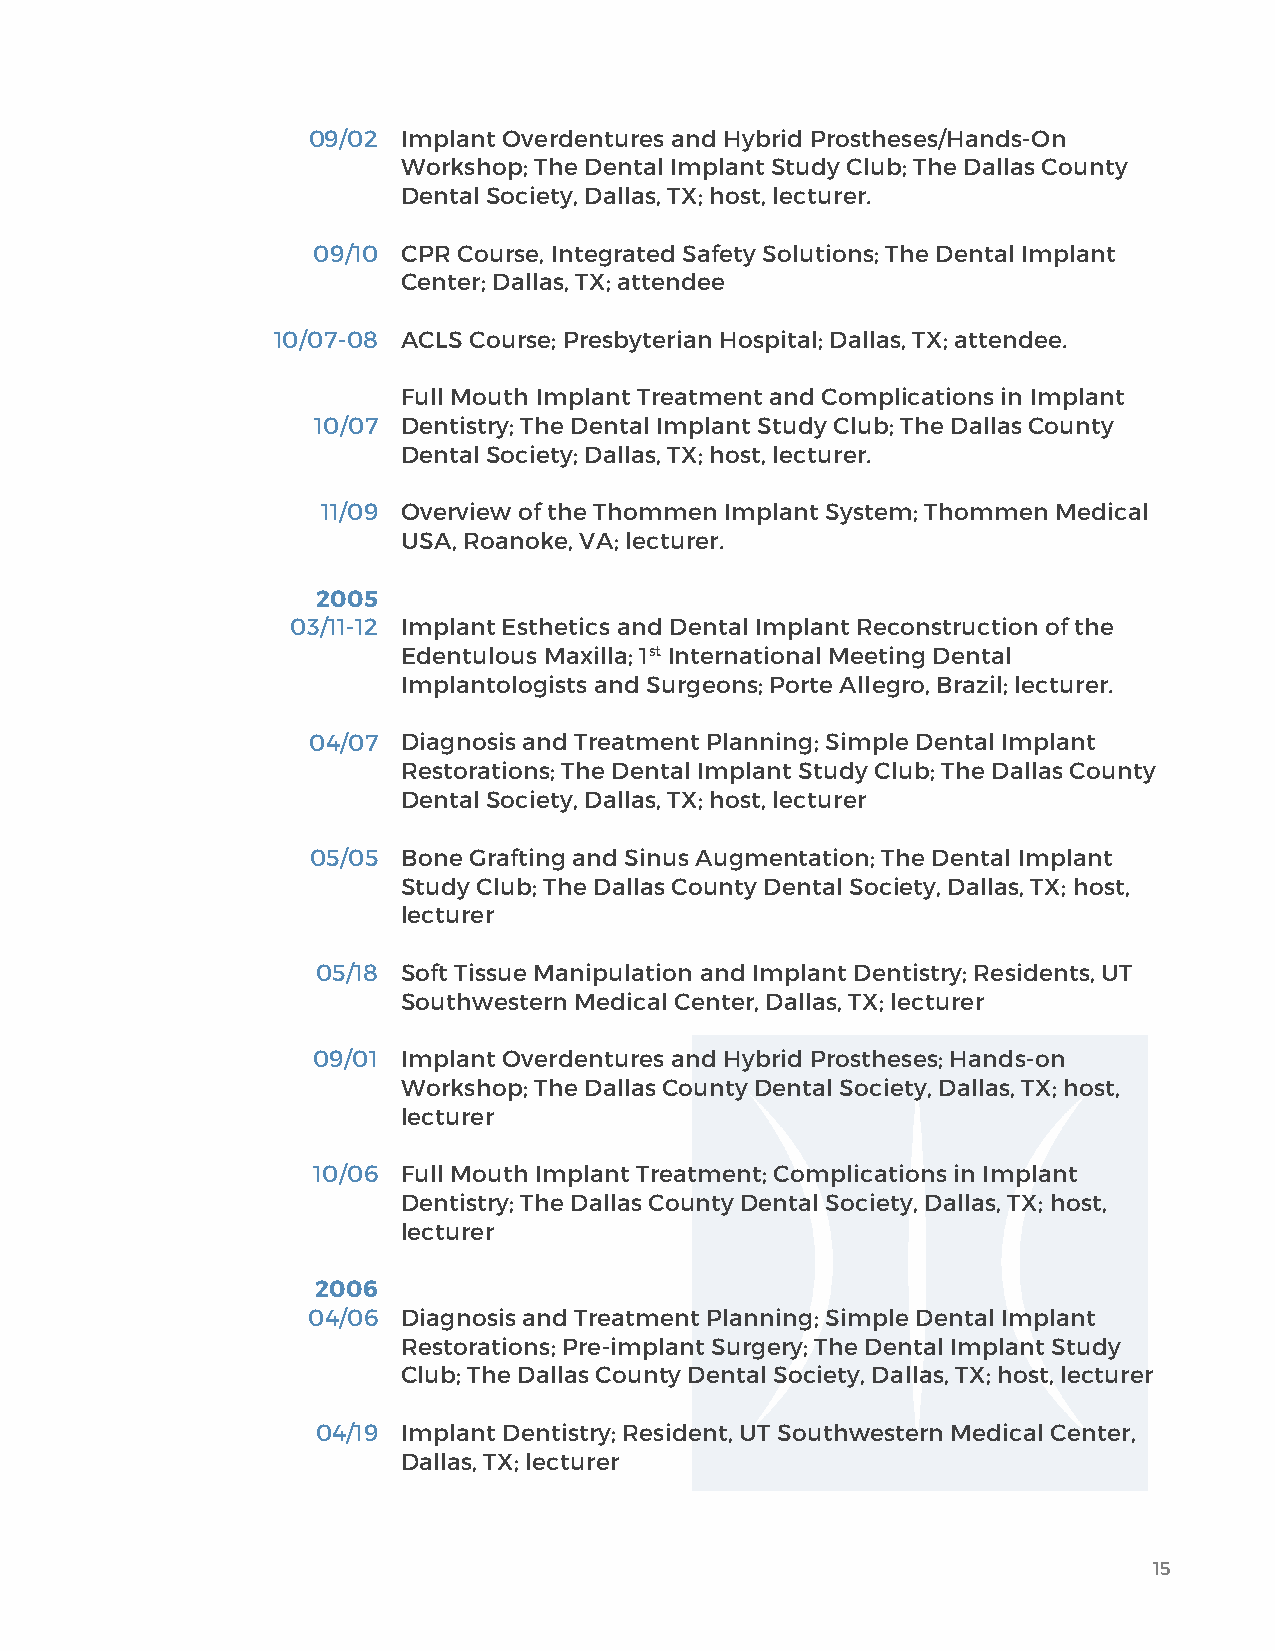
09/02  Implant Overdentures and Hybrid Prostheses/Hands-On
 Workshop; The Dental Implant Study Club; The Dallas County
 Dental Society, Dallas, TX; host, lecturer.
 09/10 CPR Course, Integrated Safety Solutions; The Dental Implant
 Center; Dallas, TX; attendee
 10/07-08 ACLS Course; Presbyterian Hospital; Dallas, TX; attendee.
 Full Mouth Implant Treatment and Complications in Implant
 10/07 Dentistry; The Dental Implant Study Club; The Dallas County
 Dental Society; Dallas, TX; host, lecturer.
 11/09 Overview of the Thommen Implant System; Thommen Medical
 USA, Roanoke, VA; lecturer.
 2005
 03/11-12 Implant Esthetics and Dental Implant Reconstruction of the
 Edentulous Maxilla; 1st International Meeting Dental
 Implantologists and Surgeons; Porte Allegro, Brazil; lecturer.
 04/07  Diagnosis and Treatment Planning; Simple Dental Implant
 Restorations; The Dental Implant Study Club; The Dallas County
 Dental Society, Dallas, TX; host, lecturer
 05/05 Bone Grafting and Sinus Augmentation; The Dental Implant
 Study Club; The Dallas County Dental Society, Dallas, TX; host,
 lecturer
 05/18 Soft Tissue Manipulation and Implant Dentistry; Residents, UT
 Southwestern Medical Center, Dallas, TX; lecturer
 09/01 Implant Overdentures and Hybrid Prostheses; Hands-on
 Workshop; The Dallas County Dental Society, Dallas, TX; host,
 lecturer
 10/06 Full Mouth Implant Treatment; Complications in Implant
 Dentistry; The Dallas County Dental Society, Dallas, TX; host,
 lecturer
 2006
 04/06  Diagnosis and Treatment Planning; Simple Dental Implant
 Restorations; Pre-implant Surgery; The Dental Implant Study
 Club; The Dallas County Dental Society, Dallas, TX; host, lecturer
 04/19 Implant Dentistry; Resident, UT Southwestern Medical Center,
 Dallas, TX; lecturer
 15